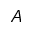
A